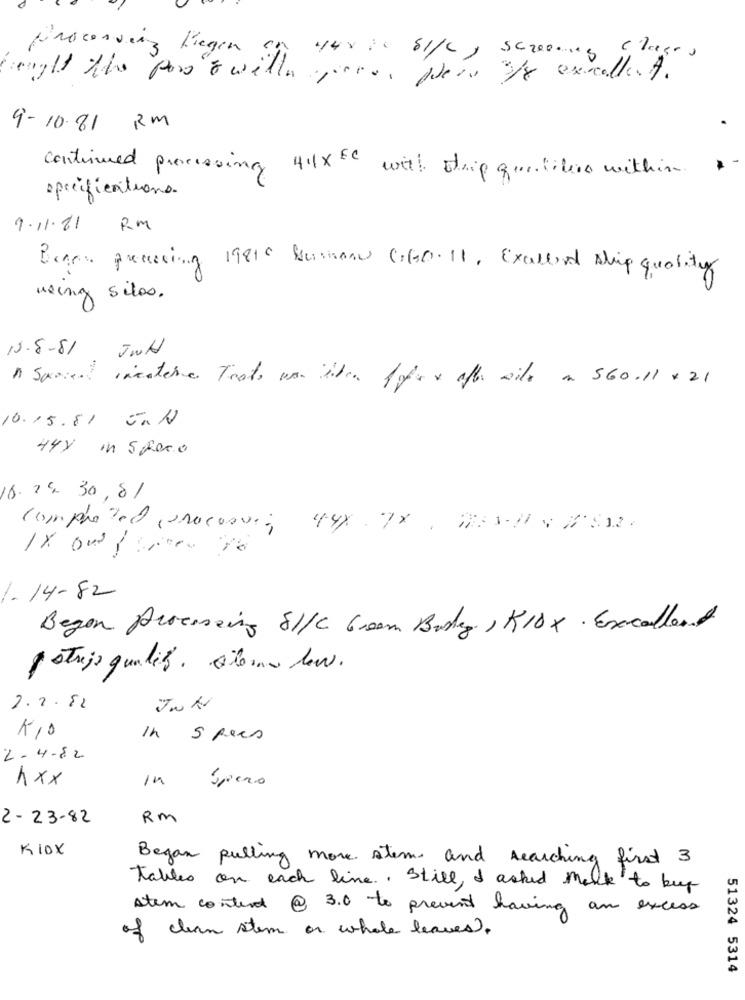
procesverz liegen
440 10 8/6, screening Clases
roght the poo" will.
9-10.81 RM
continued processing 411×5℃ with strip question within
specifications.
9.11.81 RM
Degas processing 19816 Bussone GGO. 11, Exallead ship quality
using silos.
15.8-81
JWH
" Sparent intatare Trato was iden 1 ofex after aile an 560.11 x 21
10.15.81 U.N
448 in Spero
6.24. 30,81
Completed , procesvi, 44× 7×, HESII & HEM.
-
1-14-82
Begon Processing SI/C 6room Body, KIDX· Excellent
patrijs qualité. Aloma low.
2.2.82
K10
In Spees
2-4-82
xxx
in
Spero
2-23-82
RM
KIDX
Began pulling more stem and searching first 3
Tables on each line .. Still, I asked melk to buy
Atem content @ 30 to prevent having an excess
of clean stem or whole leaves,
51324 5314